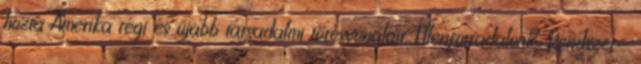
hozta Amerika régi és újabb társadalmi törésvonalait. Ellenforradalom? Rendszer-